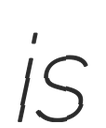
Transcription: is